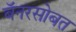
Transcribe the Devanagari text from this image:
बॅनरसोबत